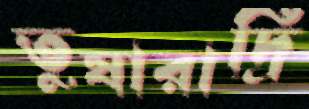
তুষারাদ্রি